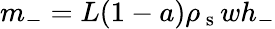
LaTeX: m_{-}=L(1-a)\rho_{\mathrm{~s~}}wh_{-}